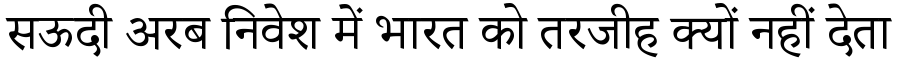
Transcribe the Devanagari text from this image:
सऊदी अरब निवेश में भारत को तरजीह क्यों नहीं देता